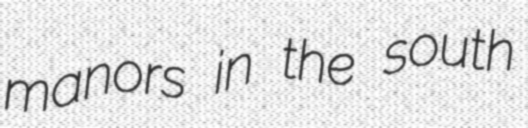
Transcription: manors in the south